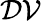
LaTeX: \mathcal{DV}